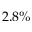
2 . 8 \%